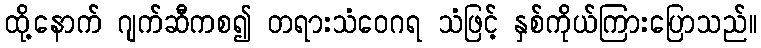
ထို့နောက် ဂျက်ဆီကစ၍ တရားသံဝေဂရ သံဖြင့် နှစ်ကိုယ်ကြားပြောသည်။